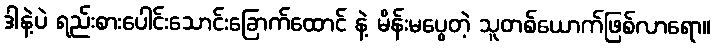
ဒါနဲ့ပဲ ရည်းစားပေါင်းသောင်းခြောက်ထောင် နဲ့ မိန်းမပွေတဲ့ သူတစ်ယောက်ဖြစ်လာရော။